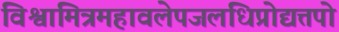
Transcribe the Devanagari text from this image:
विश्वामित्रमहावलेपजलधिप्रोद्यत्तपो